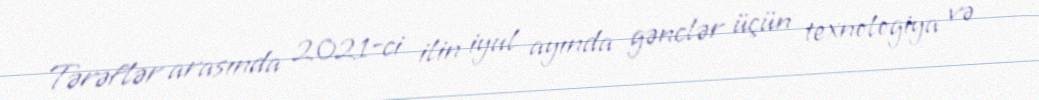
Tərəflər arasında 2021-ci ilin iyul ayında gənclər üçün texnologiya və